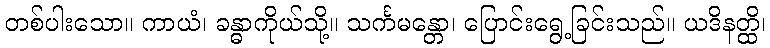
တစ်ပါးသော။ ကာယံ၊ ခန္ဓာကိုယ်သို့။ သင်္ကမန္တော၊ ပြောင်းရွေ့ခြင်းသည်။ ယဒိနတ္ထိ၊